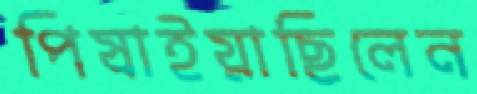
পিষাইয়াছিলেন